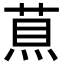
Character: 𦵅